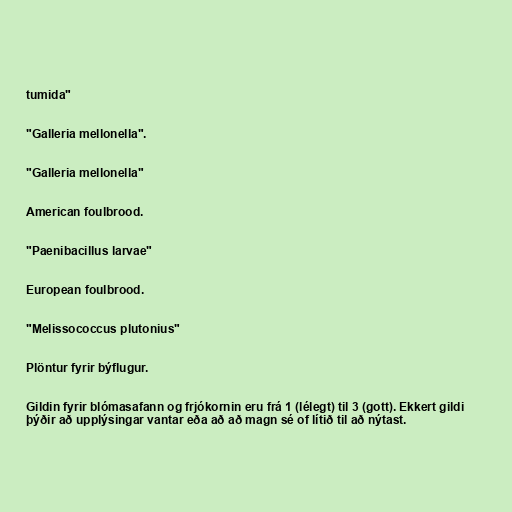
tumida"

"Galleria mellonella".

"Galleria mellonella"

American foulbrood.

"Paenibacillus larvae"

European foulbrood.

"Melissococcus plutonius"

Plöntur fyrir býflugur.

Gildin fyrir blómasafann og frjókornin eru frá 1 (lélegt) til 3 (gott). Ekkert gildi
þýðir að upplýsingar vantar eða að að magn sé of lítið til að nýtast.